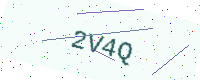
Text: 2V4Q